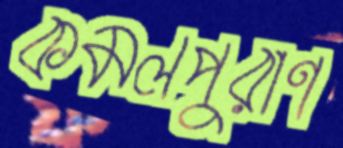
কমলপুরাণ